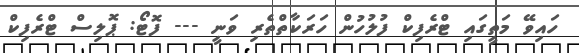
ހައިވޭ މަތީގައި ޓްރެފިކް ފުލުހުން ހަރަކާތްތެރި ވަނީ --- ފޮޓޯ: ޕޮލިސް ޓްރެފިކް